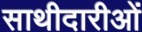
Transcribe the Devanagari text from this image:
साथीदारीओं